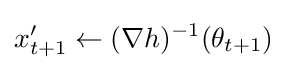
x'_{t+1}\leftarrow (\nabla h)^{-1}(\theta _{t+1})